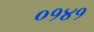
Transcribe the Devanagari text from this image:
०१४१